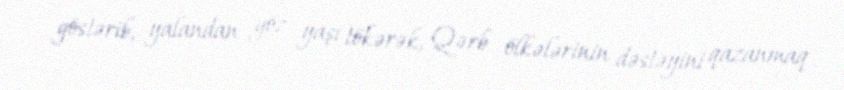
göstərib, yalandan göz yaşı tökərək, Qərb ölkələrinin dəstəyini qazanmaq